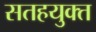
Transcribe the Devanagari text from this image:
सतहयुक्त